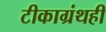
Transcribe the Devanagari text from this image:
टीकाग्रंथही